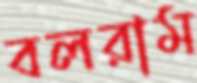
বলরাম